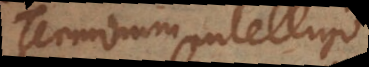
Terminum intelligo